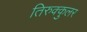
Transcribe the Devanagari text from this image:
तिरुक्कुलर